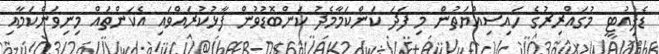
ޑެޕިއުޓީ މުގައްރިރުގެ ހައިސިއްޔަތުން މި ފަދަ ކަންކަމާމެދު ކަންބޮޑުވުން ފާޅުކުރައްވައި އެކަންތައް މިނިވަންކަމާއި